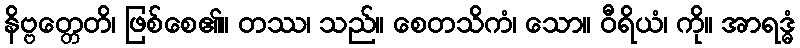
နိဗ္ဗတ္တေတိ၊ ဖြစ်စေ၏။ တဿ၊ သည်။ စေတသိကံ၊ သော။ ဝီရိယံ၊ ကို။ အာရဒ္ဓံ